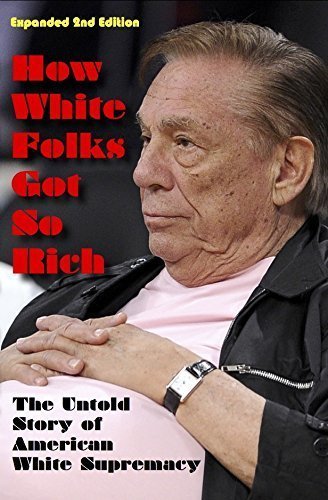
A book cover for How White Folks Got So Rich: The Untold Story of American White Supremacy (The Architecture of White Supremacy Book Series); Reclamation Project; Arts & Photography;